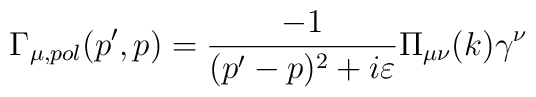
\Gamma _{\mu ,pol}(p^{\prime },p)=\frac{-1}{(p^{\prime }-p)^{2}+i\varepsilon }\Pi _{\mu \nu }(k)\gamma ^{\nu }